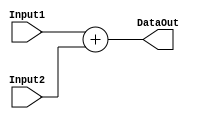
module Adder #(parameter W=32)(Input1,
										 Input2,
										 DataOut);

input [W-1:0] Input1,Input2;

output wire [W-1:0] DataOut;

assign DataOut = Input1 + Input2;		// Add two inputs

endmodule